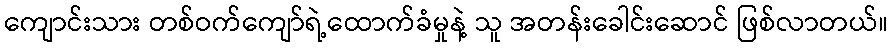
ကျောင်းသား တစ်ဝက်ကျော်ရဲ့ထောက်ခံမှုနဲ့ သူ အတန်းခေါင်းဆောင် ဖြစ်လာတယ်။